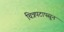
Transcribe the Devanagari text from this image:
चित्रपटापसून